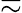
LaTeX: \eqsim